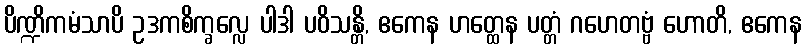
ပိဏ္ဍိကမံသာပိ ဥဒကစိက္ခလ္လေ ပါဒါ ပဝိသန္တိ, ဧကေန ဟတ္ထေန ပတ္တံ ဂဟေတဗ္ဗံ ဟောတိ, ဧကေန